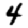
Digit: 4